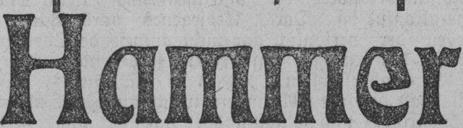
Hammer